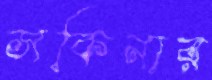
সকিনার